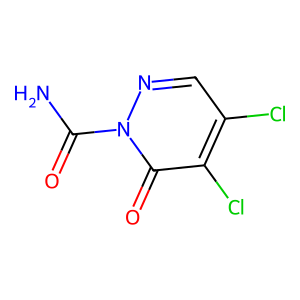
SMILES: NC(=O)n1ncc(Cl)c(Cl)c1=O
Inhibits HIV replication: No